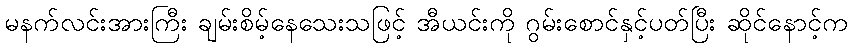
မနက်လင်းအားကြီး ချမ်းစိမ့်နေသေးသဖြင့် အီယင်းကို ဂွမ်းစောင်နှင့်ပတ်ပြီး ဆိုင်နောင့်က